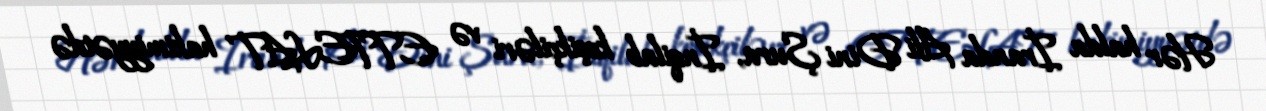
Hər halda İranda Ali Dini Şura, İnqilab keşikçiləri və ETTELAT hakimiyyətdə